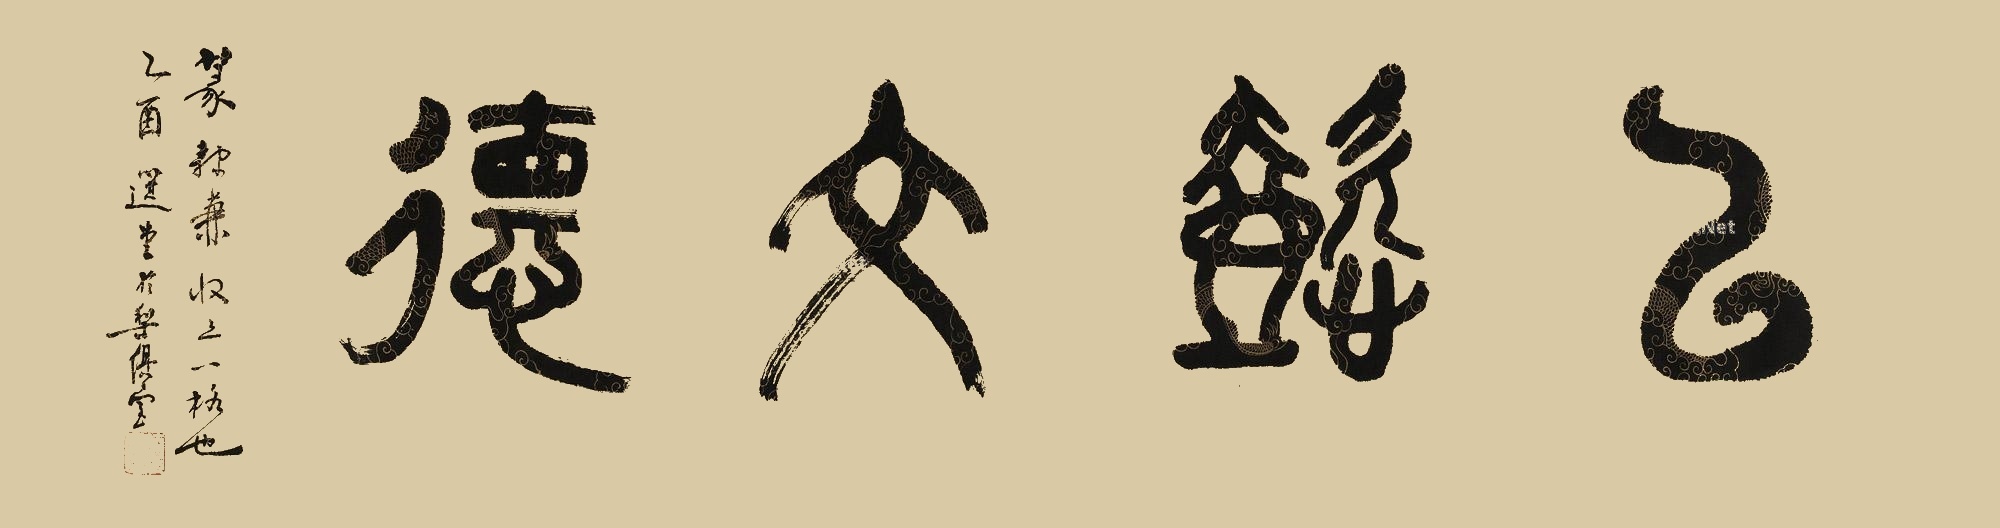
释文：以懿文德。篆隶兼收之一格也，乙酉选堂于梨俱室。